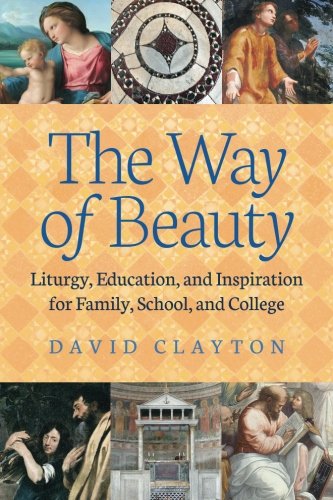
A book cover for The Way of Beauty: Liturgy, Education, and Inspiration for Family, School, and College; David Clayton; Arts & Photography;